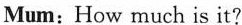
Mum: How much is it?